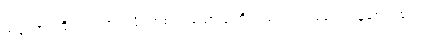
အထော၊ ထို့ပြင်။ အညမ္ပိ၊ တစ်ပါးသောသူကိုလည်း။ ကာရယေ၊ ပြုစေရာ၏။